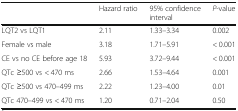
<table><thead><tr><td></td><td><b>Hazard ratio</b></td><td><b>95% confidence interval</b></td><td><b><i>P</i>-value</b></td></tr></thead><tbody><tr><td>LQT2 vs LQT1</td><td>2.11</td><td>1.33–3.34</td><td>0.002</td></tr><tr><td>Female vs male</td><td>3.18</td><td>1.71–5.91</td><td>&lt; 0.001</td></tr><tr><td>CE vs no CE before age 18</td><td>5.93</td><td>3.72–9.44</td><td>&lt; 0.001</td></tr><tr><td>QTc ≥500 vs &lt; 470 ms</td><td>2.66</td><td>1.53–4.64</td><td>0.001</td></tr><tr><td>QTc ≥500 vs 470–499 ms</td><td>2.22</td><td>1.23–4.00</td><td>0.01</td></tr><tr><td>QTc 470–499 vs &lt; 470 ms</td><td>1.20</td><td>0.71–2.04</td><td>0.50</td></tr></tbody></table>